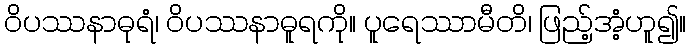
ဝိပဿနာဓုရံ၊ ဝိပဿနာဓူရကို။ ပူရေဿာမီတိ၊ ဖြည့်အံ့ဟူ၍။